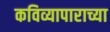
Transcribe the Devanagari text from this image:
कविव्यापाराच्या